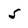
Character: 5